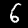
Digit: 6